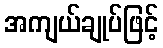
အကျယ်ချုပ်ဖြင့်